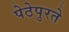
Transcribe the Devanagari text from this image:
पेठेपुरते